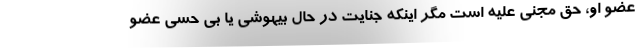
عضو او، حق مجنی علیه است مگر اینکه جنایت در حال بیهوشی یا بی حسی عضو